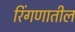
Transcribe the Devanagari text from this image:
रिंगणातील